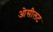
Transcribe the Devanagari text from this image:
ओसीलट